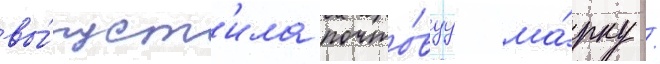
вы́пуст'ила почто́вуу ма́рку /